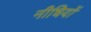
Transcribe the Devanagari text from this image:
नीधियों